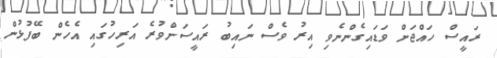
ރައީސް ހައްޖަށް ވަޑައިގެންނެވި އިރު ވެސް ނައިބު ރައީސަށްވުރެ އަރިހުގައި އެހެން ބޭފުޅުން